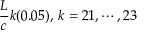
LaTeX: { \frac { L } { c } } k ( 0 . 0 5 ) , \, k = 2 1 , \cdots , 2 3